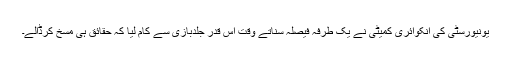
یونیورسٹی کی انکوائری کمیٹی نے یک طرفہ فیصلہ سناتے وقت اس قدر جلدبازی سے کام لیا کہ حقائق ہی مسخ کرڈالے۔